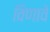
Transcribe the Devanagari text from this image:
विणावे